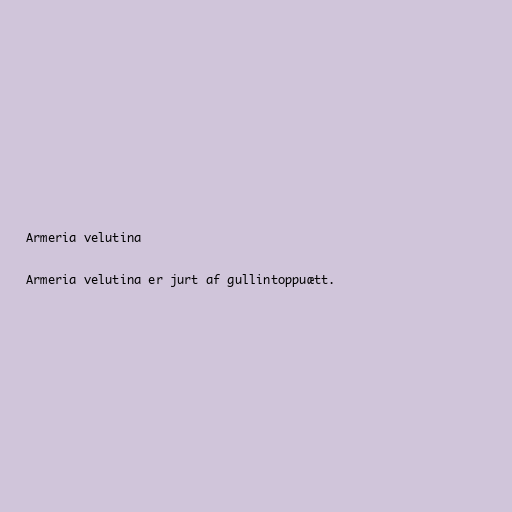
Armeria velutina

Armeria velutina er jurt af gullintoppuætt.